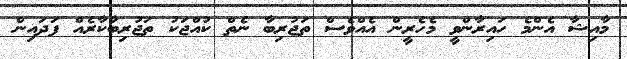
މާއިޝާ އެންމެ ހައިރާންވީ މެހެރީން އެއްވެސް ތަޖުރިބާ ނެތް ކުއްޖަކު ތަޖުރިބާކާރެއް ފަދައިން